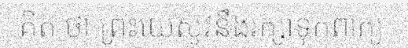
គិត ថា ព្រះយេស៊ូវនឹងរក្សាទុកពាក្យ